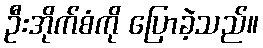
ဦးအိုက်စံကို ပြောခဲ့သည်။